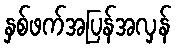
နှစ်ဖက်အပြန်အလှန်